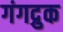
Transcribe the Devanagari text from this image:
गंगद्रुक